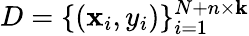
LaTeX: D=\{ (\mathbf{x}_{i},y_{i})\} _{i=1}^{N+n\times\mathbf{k}}